Annual administration report of the Civil Veterinary Department of India - 1908-1909
Year: 1908
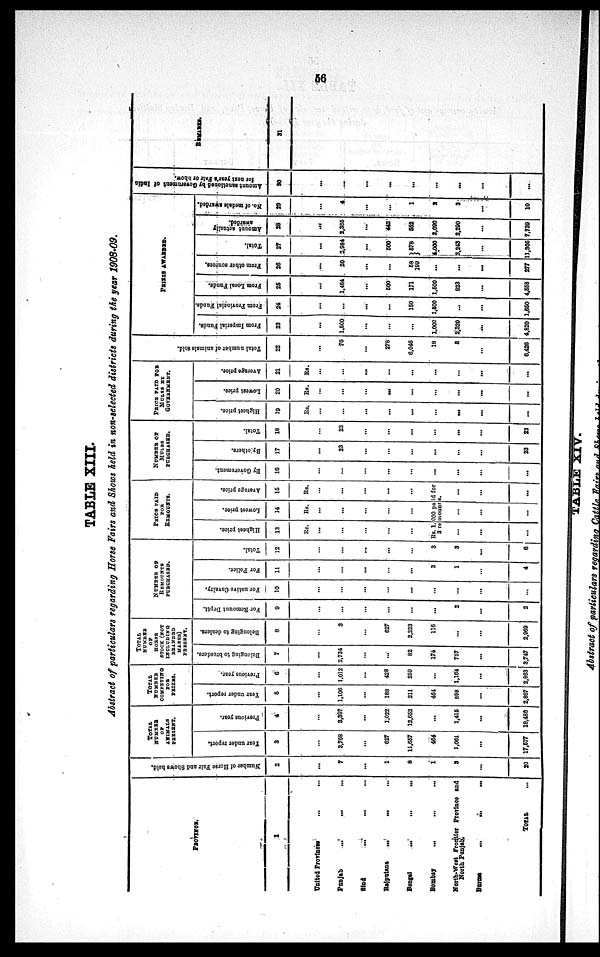
56
TABLE XIII.
Abstract of particulars regarding Horse Fairs and Shows held in non-selected districts during the year 1908-09.
PROVINCE.
1
United Provinces ... ...
Punjab
...
... ...
Sind ... ... ...
Rajputana
...
...
...
Bengal
...
...
...
Bombay
...
...
...
North-West Frontier Province and
North Punjab.
Burma
... ... ...
TOTAL ...
Number of Horse Fair and Shows held.
2
...
7
...
1
8
1
3
...
20
TOTAL
NUMBER
OF
ANIMALS
PRESENT.
Year under report.
3
...
3,768
...
627
11,667
464
1,061
...
17,577
Previous year.
4
...
3,397
...
1.022
12,652
...
1,416
...
16,486
TOTAL
NUMBER
COMPETING
FOR
PRIZES.
Year under report.
5
...
1,106
...
188
211
464
898
...
2,867
Previous year.
6
...
1,012
...
428
259
...
1,164
...
2,863
TOTAL
NUMBER
OF
HORSE
STOCK (NOT
INCLUDING
BRANDED
MARES)
PRESENT.
Belonging to breeders.
7
...
2,734
...
...
82
174
757
...
3,747
Belonging to dealers.
8
...
3
...
627
2,223
116
...
...
2,969
NUMBER
OF
REMOUNTS
PURCHASED.
For Remount Deptt.
9
...
...
...
...
...
...
2
...
2
For native Cavalry.
10
...
...
...
...
...
...
...
...
...
For Police.
11
...
...
...
...
...
3
1
...
4
Total.
12
...
...
...
...
...
3
3
...
6
PRICE
PAID
FOR
REMOUNTS.
Highest price.
13
Rs.
...
...
...
...
...
Lowest price.
14
Rs.
...
...
...
...
...
Average price.
15
Rs.
...
...
...
...
...
Rs. 1, 000 paid for
3 remounts.
...
...
...
...
...
...
...
...
...
NUMBER
OF
MULES
PURCHASED.
By Government.
16
...
...
...
...
...
...
...
...
...
By others.
17
...
23
...
...
...
...
...
...
23
Total.
18
...
23
...
...
...
...
...
...
23
PRICE PAID FOR
MULES BY
GOVERNMENT.
Highest price.
19
Rs.
...
...
...
...
...
...
...
...
...
Lowest price.
20
Rs.
...
...
...
...
...
...
...
...
...
Average price.
21
Rs.
...
...
...
...
...
...
...
...
...
Total number of animals sold.
22
...
76
...
278
6,046
18
8
...
6,426
PRIZES AWARDED.
From Imperial Funds.
23
...
1,500
...
...
...
1,000
2,320
...
4,820
From Provincial Funds.
24
...
...
...
...
150
1,500
...
...
1,650
From Local Funds.
25
...
1,464
...
500
171
1,500
923
...
4,558
From other sources.
26
...
20
...
...
58
199
...
...
...
277
Total.
27
...
2,984
...
500
578
4,000
3,243
...
11,305
Amount actually
awarded.
28
...
2,365
...
442
552
2,090
2,290
...
7,739
No. of medals awarded.
29
...
4
...
...
1
2
3
...
10
Amount sanctioned by Government of India
for next year's Fair or Show.
30
...
...
...
...
...
...
...
...
...
REMARKS.
31